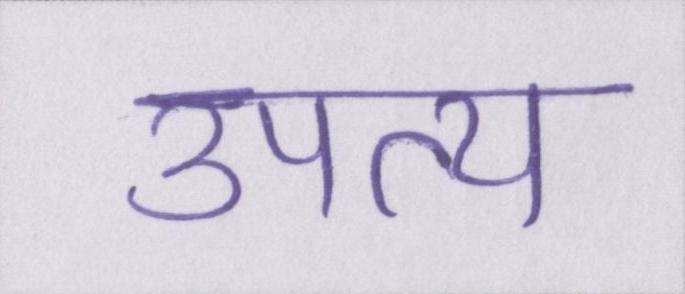
उपत्य